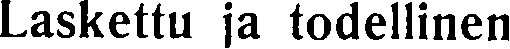
Laskettu ja todellinen